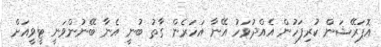
އޮޕަރޭޝަން ކުރިފަހުން އެއްދުވަހު އޭނާ އަހަރެން ގާތު ބުނީ އެނާ ބޭނުންވަނީ ޓީވީއަށް